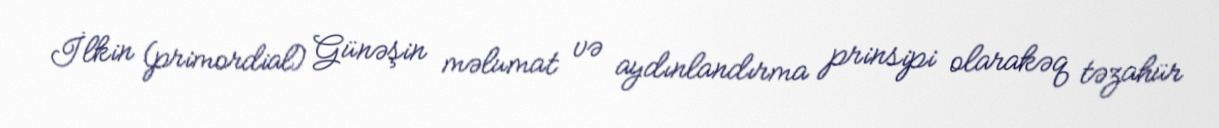
İlkin (primordial) Günəşin məlumat və aydınlandırma prinsipi olarakəq təzahür